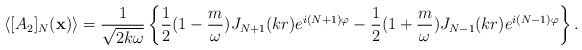
\begin{align*}\langle[A_2]_N({\bf x})\rangle =\frac{1}{\sqrt{2k\omega}}\left\{\frac{1}{2}(1 -\frac{m}{\omega})J_{N+1}(kr)e^{i(N+1)\varphi} - \frac{1}{2}(1 +\frac{m}{\omega})J_{N-1}(kr)e^{i(N-1)\varphi}\right\}.\end{align*}